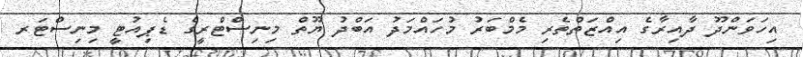
އިހަވަންދޫ ދާއިރާގެ އިއްޒަތްތެރި މެމްބަރު މުހައްމަދު އަބްދު ޔޫތް މިނިސްޓްރީގެ ޑެޕިއުޓީ މިނިސްޓަރ